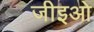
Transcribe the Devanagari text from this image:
जीइओ